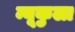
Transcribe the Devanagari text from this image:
न्यूकुला